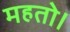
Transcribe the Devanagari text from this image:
महतो।